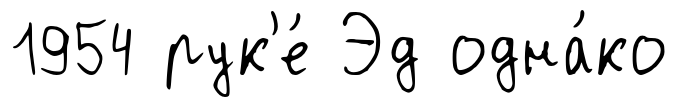
1954 рук'е́ Эд одна́ко